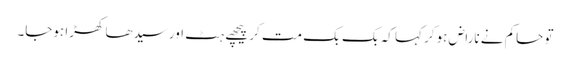
تو حاکم نے ناراض ہوکر کہا کہ بک بک مت کر پیچھے ہٹ اور سیدھا کھڑا ہوجا۔